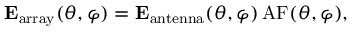
\mathbf { E } _ { \mathrm { a r r a y } } ( \theta , \varphi ) = \mathbf { E } _ { \mathrm { a n t e n n a } } ( \theta , \varphi ) \, \mathrm { A F } ( \theta , \varphi ) ,